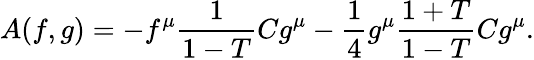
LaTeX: A(f,g)=-f^{\mu}\frac{1}{1-T}Cg^{\mu}-\frac{1}{4}g^{\mu}\frac{1+T}{1-T}Cg^{\mu}.